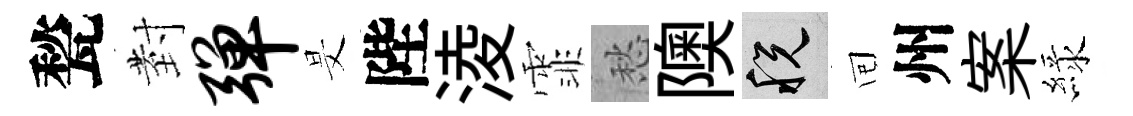
甃𭔹弹旻陛淩霏愁隩税囘州案緑